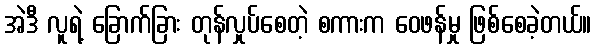
အဲဒီ လူရဲ့ ခြောက်ခြား တုန်လှုပ်စေတဲ့ စကားက ဝေဖန်မှု ဖြစ်စေခဲ့တယ်။